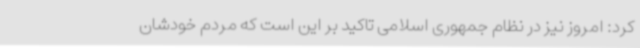
کرد: امروز نیز در نظام جمهوری اسلامی تاکید بر این است که مردم خودشان